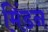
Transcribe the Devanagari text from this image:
मिंडन